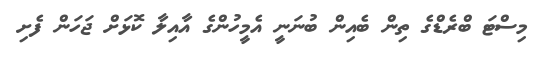
މިސްޓަ ބްރެޑްގެ ތިން ބެއިން ބުނަނީ އެމީހުންގެ އާއިލާ ކޮޅަށް ޖަހަން ފެށި